Indian journal of veterinary science and animal husbandry - Volume 3,
Year: 1933
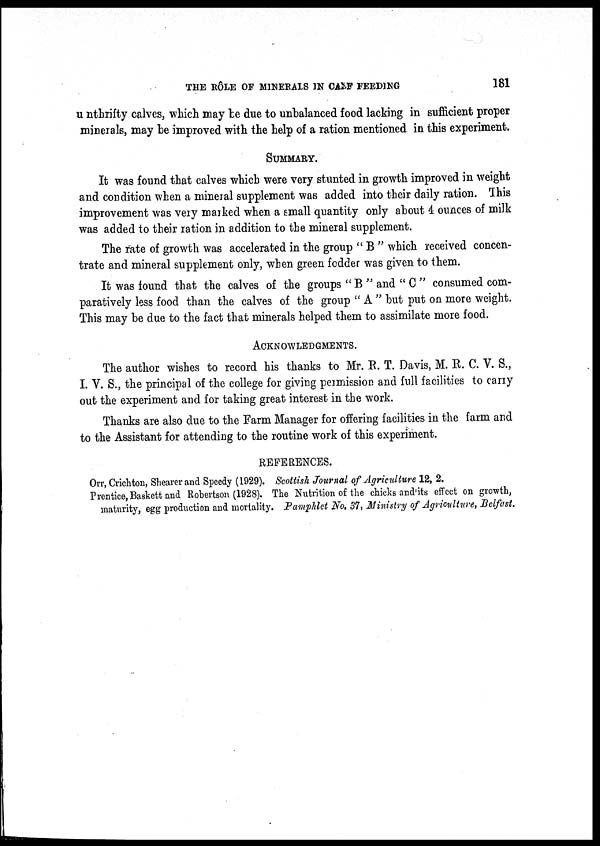
THE RÔLE OF MINERALS IN CASE FEEDING
181
u nthrifty calves, which may be due to unbalanced food lacking in sufficient proper
minerals, may be improved with the help of a ration mentioned in this experiment.
SUMMARY.
It was found that calves which were very stunted in growth improved in weight
and condition when a mineral supplement was added into their daily ration. This
improvement was very marked when a small quantity only about 4 ounces of milk
was added to their ration in addition to the mineral supplement.
The rate of growth was accelerated in the group " B " which received concen-
trate and mineral supplement only, when green fodder was given to them.
It was found that the calves of the groups " B " and " C " consumed com-
paratively less food than the calves of the group " A " but put on more weight.
This may be due to the fact that minerals helped them to assimilate more food.
ACKNOWLEDGMENTS.
The author wishes to record his thanks to Mr. R. T. Davis, M. R. C. V. S.,
I. V. S., the principal of the college for giving permission and full facilities to carry
out the experiment and for taking great interest in the work.
Thanks are also due to the Farm Manager for offering facilities in the farm and
to the Assistant for attending to the routine work of this experiment.
REFERENCES.
Orr, Crichton, Shearer and Speedy (1929). Scottish Journal of Agriculture 12, 2.
Prentice, Baskett and Robertson (1928). The Nutrition of the chicks and its effect on growth,
maturity, egg production and mortality. Pamphlet No. 37, Ministry of Agriculture, Belfast.